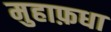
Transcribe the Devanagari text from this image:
मुहाफ़धा